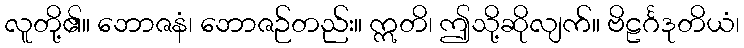
လူတို့၏။ ဘောဇနံ၊ ဘောဇဉ်တည်း။ ဣတိ၊ ဤသို့ဆိုလျက်။ ဗိဠင်္ဂဒုတိယံ၊